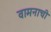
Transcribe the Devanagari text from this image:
वामनाची